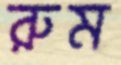
রুম